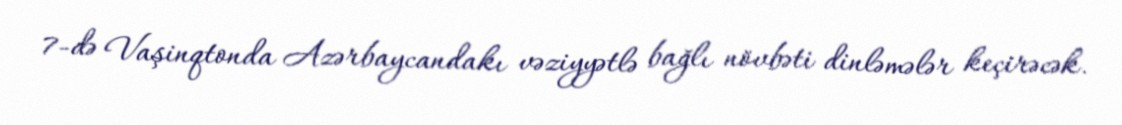
7-də Vaşinqtonda Azərbaycandakı vəziyyətlə bağlı növbəti dinləmələr keçirəcək.